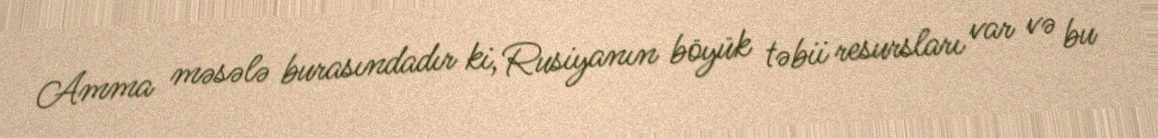
Amma məsələ burasındadır ki, Rusiyanın böyük təbii resursları var və bu